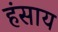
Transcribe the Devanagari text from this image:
हंसाय